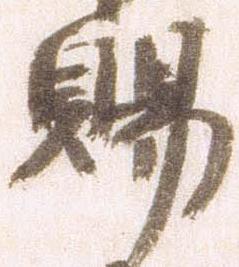
賜